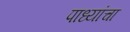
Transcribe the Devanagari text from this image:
पाध्यांचा